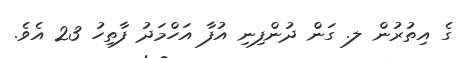
ގެ އިތުރުން ލ. ގަން ދުންފިނި އުފާ އަހްމަދު ފާތިހު 23 އެވެ.